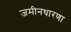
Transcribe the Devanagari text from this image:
जमीनधारणा